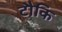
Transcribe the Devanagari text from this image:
टौकि